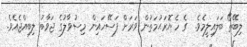
ލިބޭތޯ ބަލައިލީމެވެ.  ގެ ހެޔޮރަޙުމަތުން ވަރަށް ފަސޭހައިން މިސުވާލުގެ ޖަވާބު ލިބިއްޖެއެވެ.